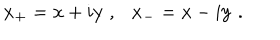
{ \bf x _ { + } } = { \bf x } + i { \bf y } ~ , { \bf x _ { - } } = { \bf x } - i { \bf y } \; .